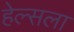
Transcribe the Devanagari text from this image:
हेल्सला